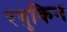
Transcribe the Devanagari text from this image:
रयुकिन